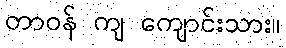
တာဝန် ကျ ကျောင်းသား။